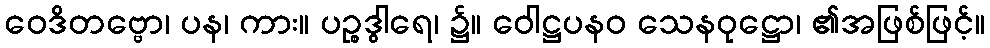
ဝေဒိတဗ္ဗော၊ ပန၊ ကား။ ပဉ္စဒွါရေ၊ ၌။ ဝေါဋ္ဌပနဝ သေနဝုဋ္ဌော၊ ၏အဖြစ်ဖြင့်။